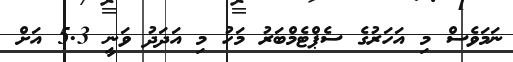
ނަމަވެސް މި އަހަރުގެ ސެޕްޓެމްބަރު މަހު މި އަދަދު ވަނީ 5.3 އަށް